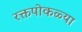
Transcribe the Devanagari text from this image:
रक्तपोकळ्या